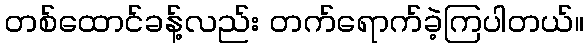
တစ်ထောင်ခန့်လည်း တက်ရောက်ခဲ့ကြပါတယ်။